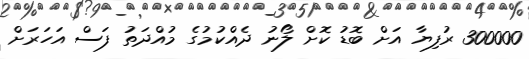
300000 ރުފިޔާ އަށް ބޮޑު ކޮށް ލޯނު ދެއްކުމުގެ މުއްދަތު ފަސް އަހަރަށް